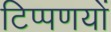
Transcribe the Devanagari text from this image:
टिप्पणयों